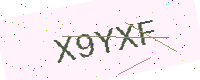
Text: X9YXF